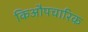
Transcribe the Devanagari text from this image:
किऔपचारिक